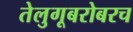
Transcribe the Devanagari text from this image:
तेलुगूबरोबरच